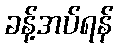
ခန့်အပ်ရန်